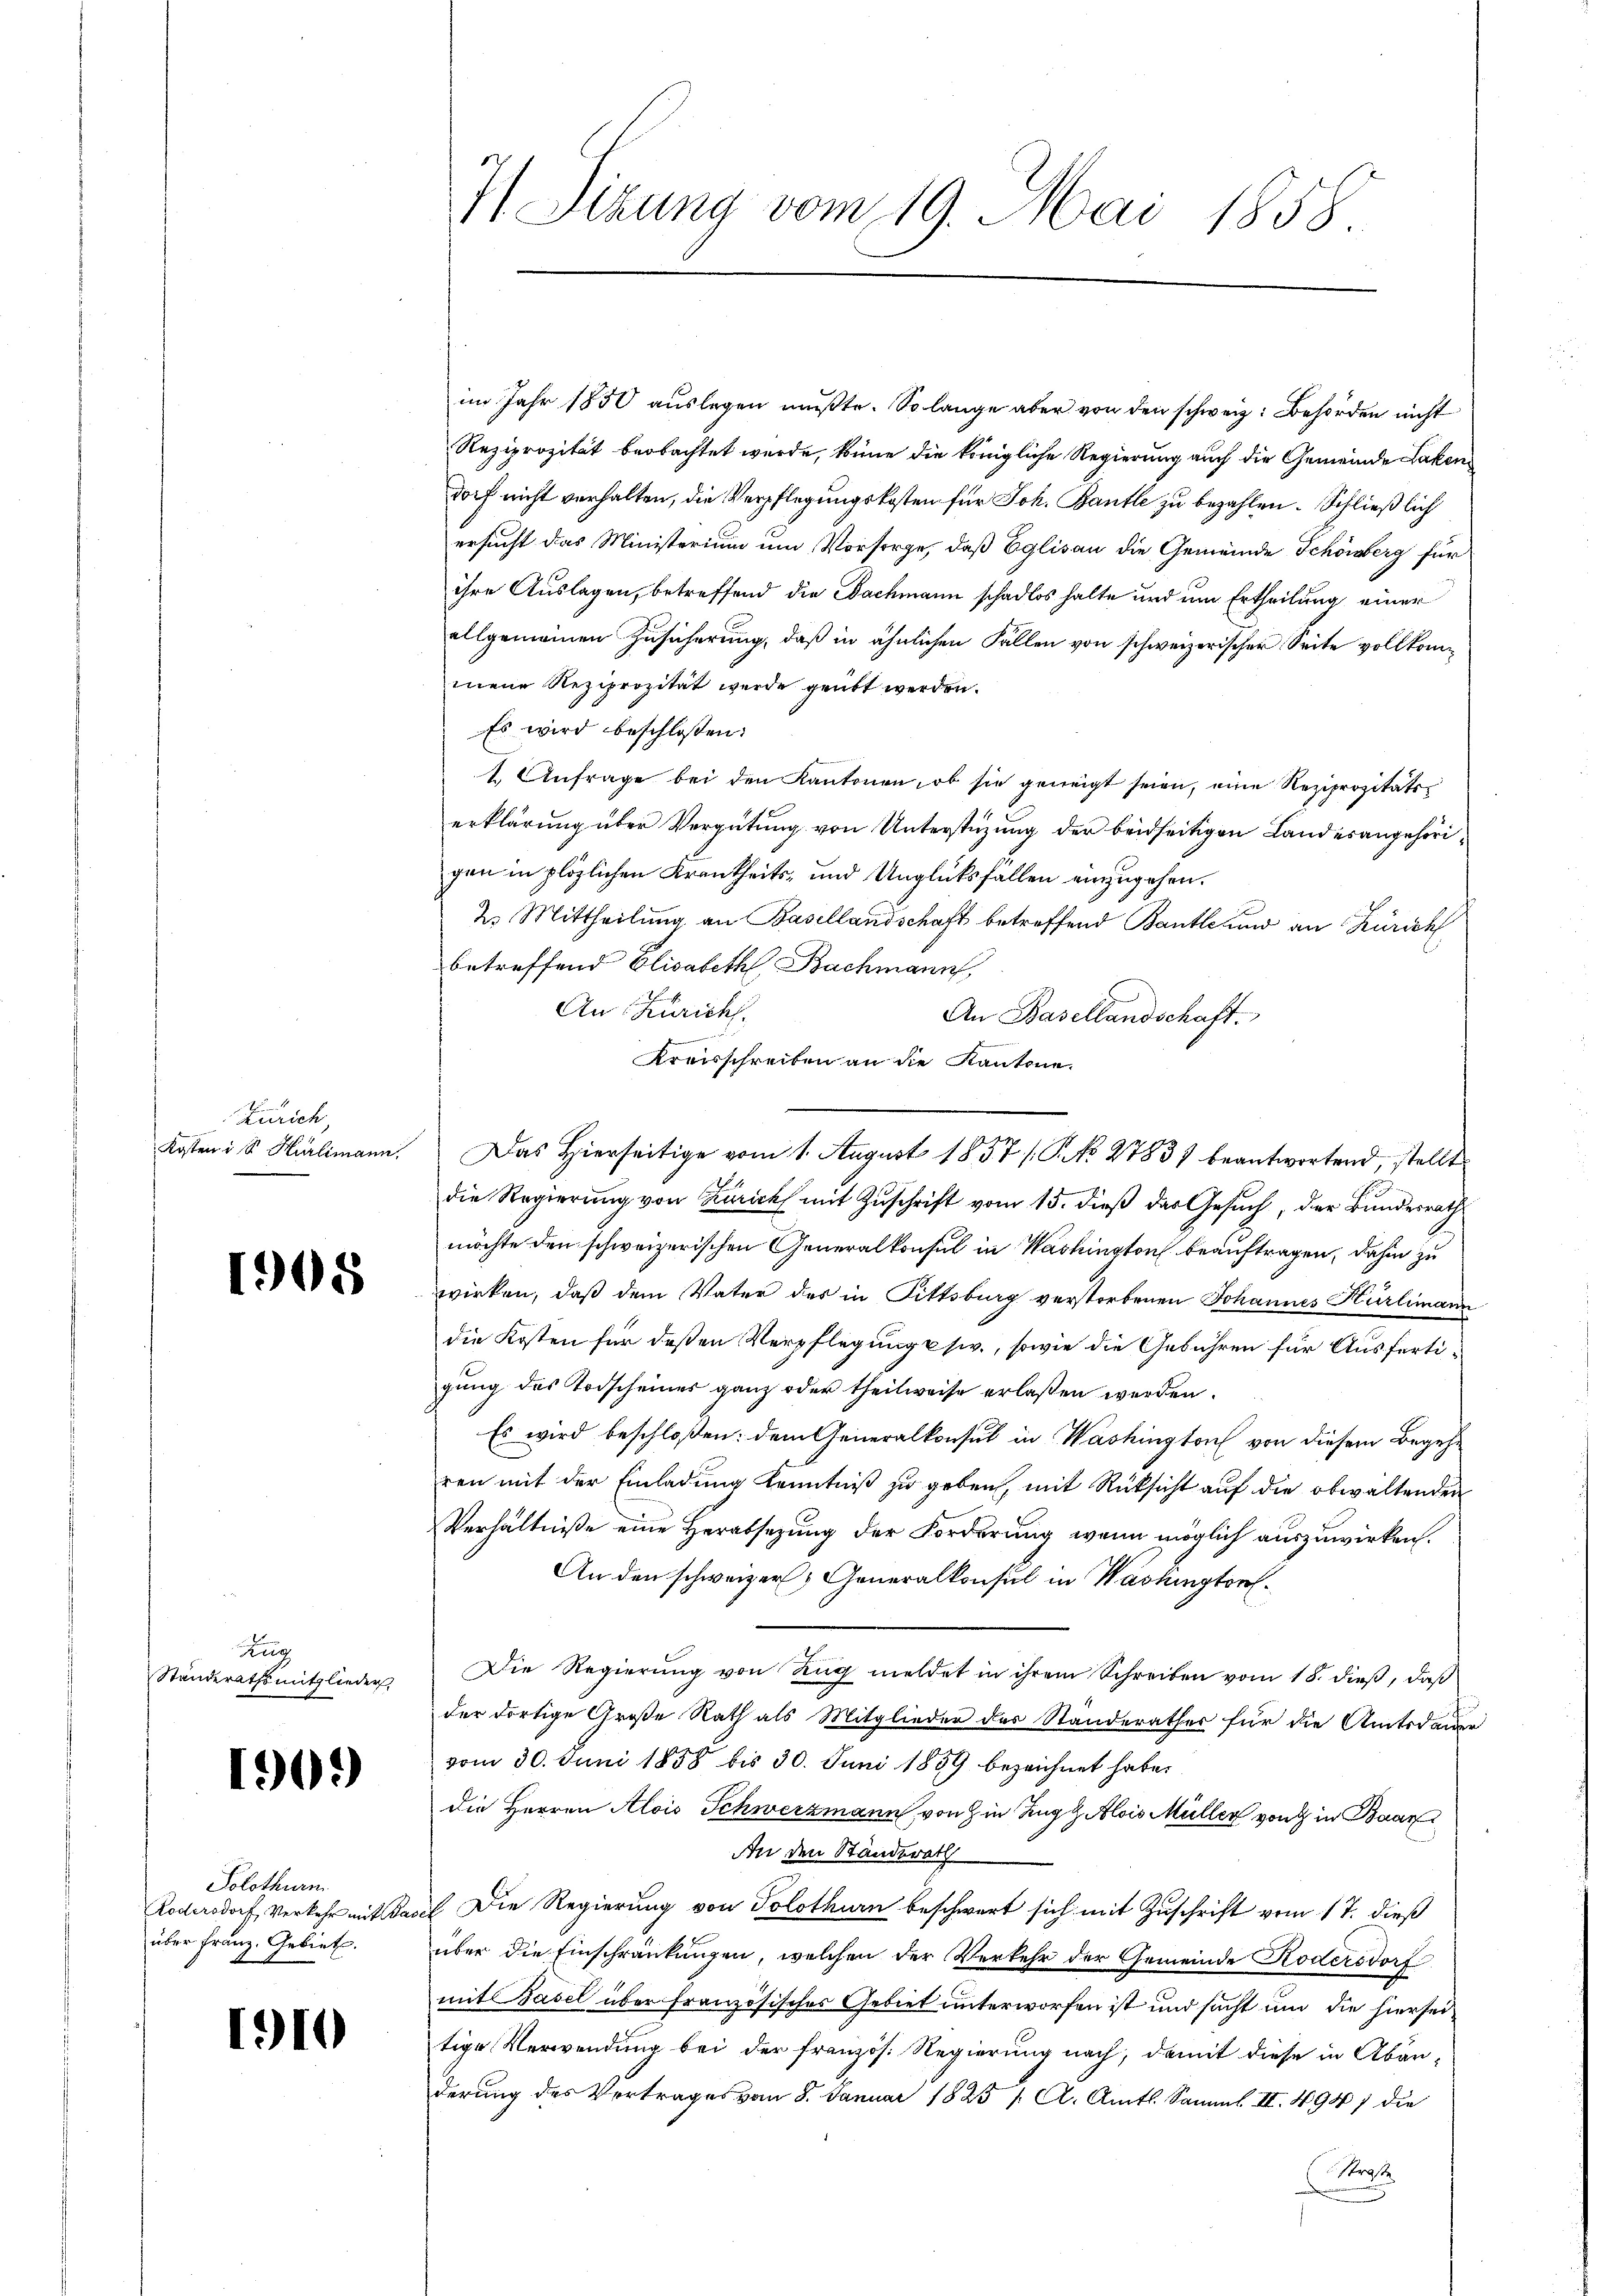
Zürich,
Kosten i S. Hürlimann.

1908

Zug
Ständerathsmitglieder,

1909

Solothurn.
Kodersdorf, Verkehr mit daüber Franz. Gebiet.

1910

7/ Sizung vom 19. Mai 1858

im Jahr 1850 auslegen mußte. So lange aber von den schweiz. Behörden nicht
Reziprozität beobachtet wurde, kenne die königliche Regierung auch die Gemeinde Lakendorf nicht verhalten, die Verpflegungskosten für Joh. Bantle zu bezahlen. Schließlich
ersucht das Ministerium um Vorsorge, daß Eglisau die Gemeinde Schönberg für
ihre Auslagen, betreffend die Bachmann schadlos halte und um Ertheilung einer
allgemeinen Zusicherung, daß in ähnlichen Fallen von schweizerischer Seite vollkommene Reziprozität werde geübt werden.
Es wird beschlossen:
1. Anfrage bei den Kantonen, ob sie geneigt seien, eine Reziprozitätserklärung über Vergütung von Unterstüzung der beidseitigen Landesangehörigen in plözlichen Krankheits- und Unglücksfallen einzugehen.
2. Mittheilung an Basellandschaft betreffend Bantlcum an Zürich
betreffend Elisabeth Bachmann,
An Zürich.
An Basellandschaft.
Kreisschreiben an die Kantone.
die Regierung von Zürich mit Zuschrift vom 15. dieß das Gesuch, der Bundesrath
möchte den schweizerischen Generalkonsul in Washington beauftragen, dahin zu
wirken, daß dem Vater des in Fittsburg verstorbenen Johannes Hürlimann
die Kosten für deßen Verpflegung usiv., sowie die Gebühren für Ausfertigung des Todscheines ganz oder theilweise erlaßen werden.
Es wird beschloßen: dem Generalkonsul in Washington von diesem Begehr
ren mit der Einladung Kenntniß zu geben, mit Rücksicht auf die obwaltenden
Verhältniße eine Herabsezung der Forderung wenn möglich auszuwirken.
An den schweizer, Generalkonsul in Washington¬
Die Regierung von Zug meldet in ihrem Schreiben vom 18. dieß, daß
der dortige Große Rath als Mitglieder des Standerathes für die Amtsdaue
vom 30. Juni 1858 bis 30. Juni 1859 bezeichnet habe.
die Herren Alois Schwerzmann, von in Zug z. Alois Müller von in Baar
An den Standerath
(Die Regierung von Solothurn beschwert sich mit Zuschrift vom 17. dieß
über die Einschränkungen, welchen der Verkehr der Gemeinde Kodersdorf
mit Basel über französisches Gebiet unterworfen ist und sucht und die hiersei
tige Verwendung bei der französ. Regierung nach, damit diese in Abänderung des Vertrages vom 8. Januar 1825 /: A. Amts Samml. II. 494) die
Stra

Das Hierseitige vom 1. August 1857 /P.No. 27831 beantwortend, stellt